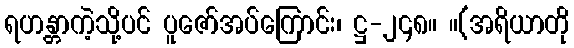
ရဟန္တာကဲ့သို့ပင် ပူဇော်အပ်ကြောင်း၊ ဋ္ဌ-၂၄၈။ ။(အရိယာတို